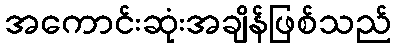
အကောင်းဆုံးအချိန်ဖြစ်သည်